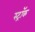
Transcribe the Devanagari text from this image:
स्ट्रॉक